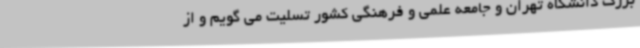
بزرگ دانشگاه تهران و جامعه علمی و فرهنگی کشور تسلیت می گویم و از